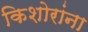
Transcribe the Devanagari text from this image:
किशोरांना